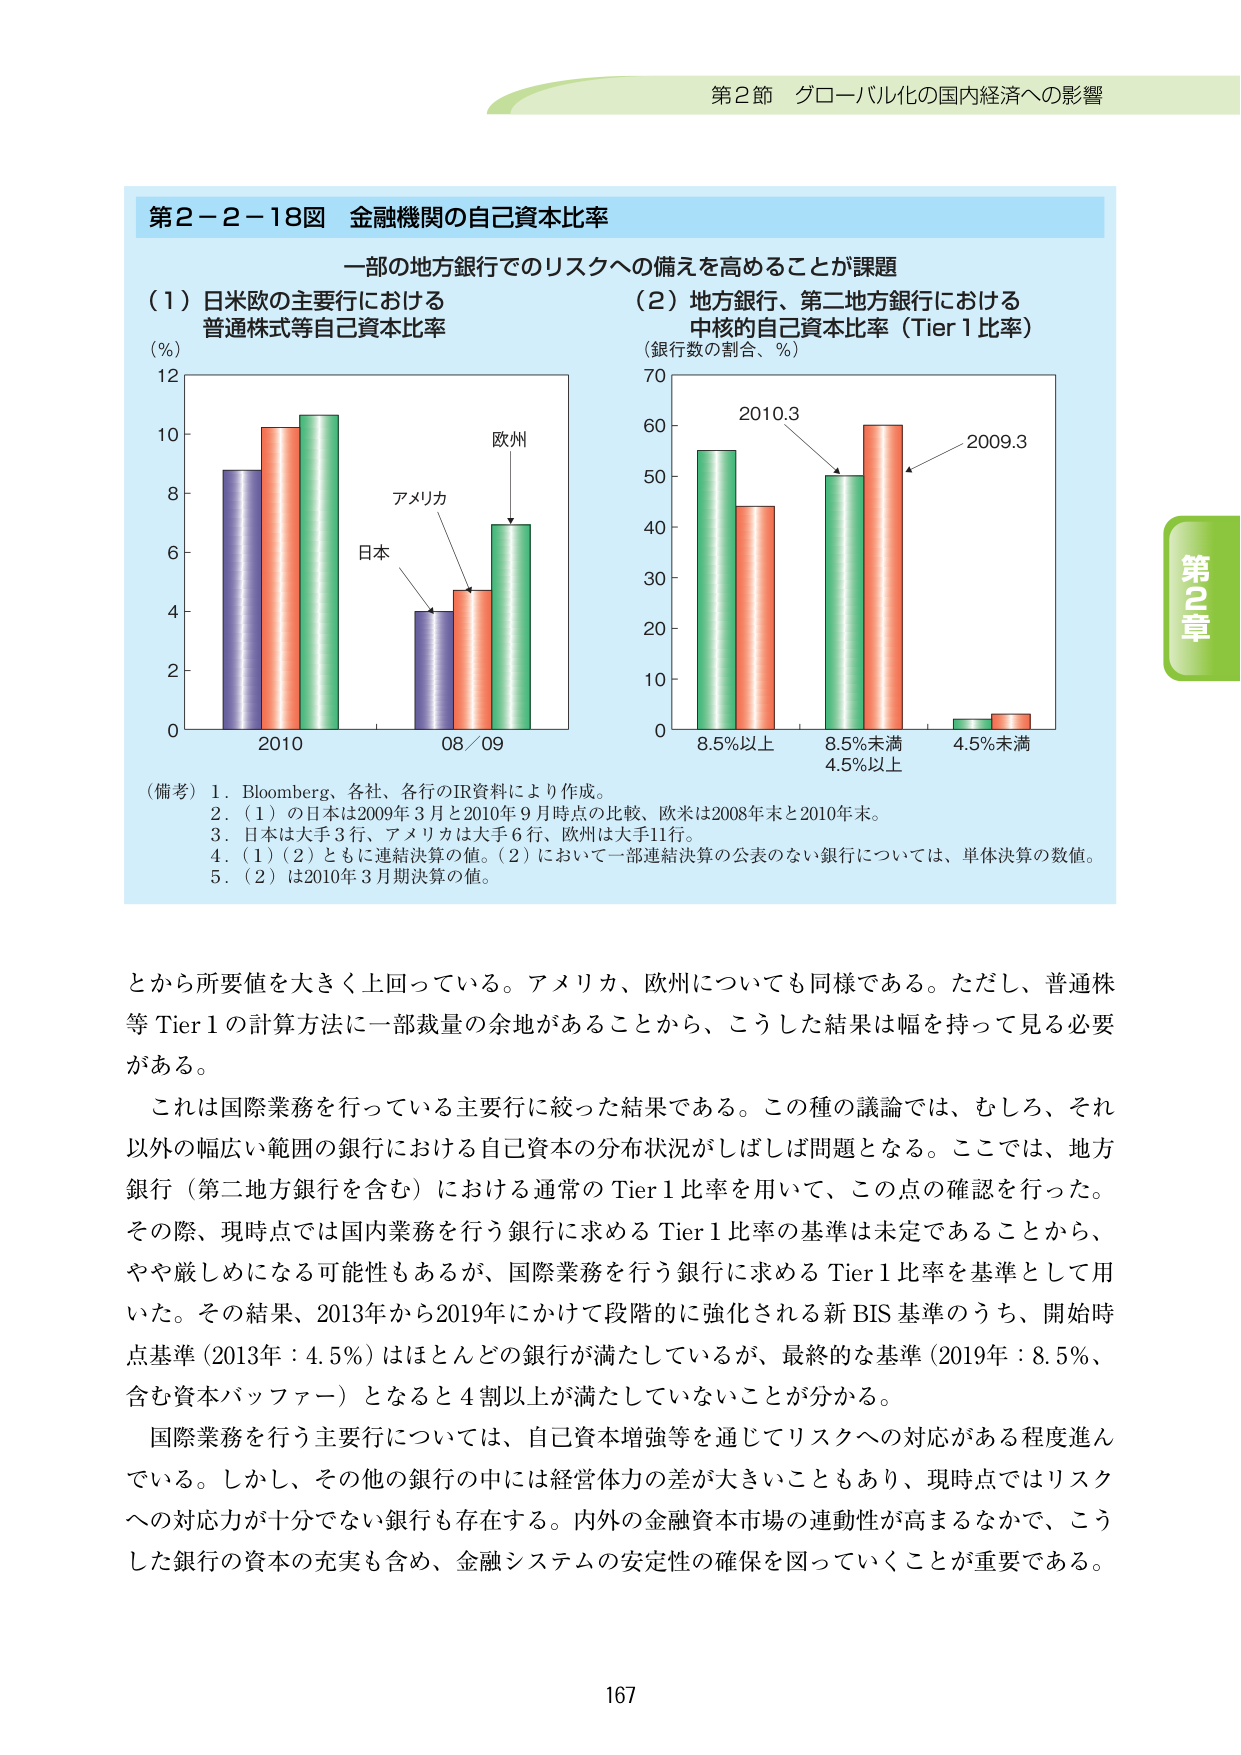
第2節 グローバル化の国内経済への影響

第2-2-18図 金融機関の自己資本比率

一部の地方銀行でのリスクへの備えを高めることが課題

（1）日米欧の主要行における
普通株式等自己資本比率

（％）
12
10
8
6
4
2
0
2010
08/09

（2）地方銀行、第二地方銀行における
中核的自己資本比率（Tier 1比率）

（銀行数の割合、％）
70
60
50
40
30
20
10
0
8.5％以上
8.5％未満
4.5％以上
4.5％未満

2010.3
2009.3

（備考）1．Bloomberg、各社、各行のIR資料により作成。
2．（1）の日本は2009年3月と2010年9月時点の比較、欧米は2008年末と2010年末。
3．日本は大手3行、アメリカは大手6行、欧州は大手11行。
4．（1）（2）ともに連結決算の値。（2）において一部連結決算の公表のない銀行については、単体決算の数値。
5．（2）は2010年3月期決算の値。

とから所要値を大きく上回っている。アメリカ、欧州についても同様である。ただし、普通株等 Tier 1 の計算方法に一部裁量の余地があることから、こうした結果は幅を持って見る必要がある。

これは国際業務を行っている主要行に絞った結果である。この種の議論では、むしろ、それ以外の幅広い範囲の銀行における自己資本の分布状況がしばしば問題となる。ここでは、地方銀行（第二地方銀行を含む）における通常の Tier 1 比率を用いて、この点の確認を行った。その際、現時点では国内業務を行う銀行に求める Tier 1 比率の基準は未定であることから、やや厳しめになる可能性もあるが、国際業務を行う銀行に求める Tier 1 比率を基準として用いた。その結果、2013年から2019年にかけて段階的に強化される新 BIS 基準のうち、開始時点基準（2013年：4.5％）はほとんどの銀行が満たしているが、最終的な基準（2019年：8.5％、含む資本バッファー）となると4割以上が満たしていないことが分かる。

国際業務を行う主要行については、自己資本増強等を通じてリスクへの対応がある程度進んでいる。しかし、その他の銀行の中には経営体力の差が大きいこともあり、現時点ではリスクへの対応力が十分でない銀行も存在する。内外の金融資本市場の連動性が高まるなかで、こうした銀行の資本の充実も含め、金融システムの安定性の確保を図っていくことが重要である。

167

第2章